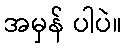
အမှန် ပါပဲ။